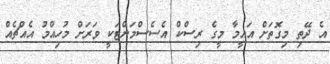
އެ ދޭތި މިގޮތަށް އައީމާ މީގެ ރިސްކް އެސެސްމަންޓަކީ ވަރަށް މުހިއްމު އެއްޗެއް